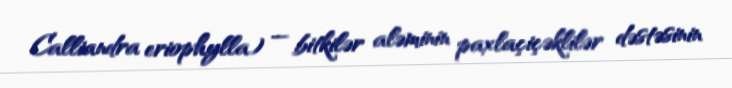
Calliandra eriophylla) — bitkilər aləminin paxlaçiçəklilər dəstəsinin